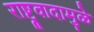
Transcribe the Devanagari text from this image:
राष्ट्रवादामुळे